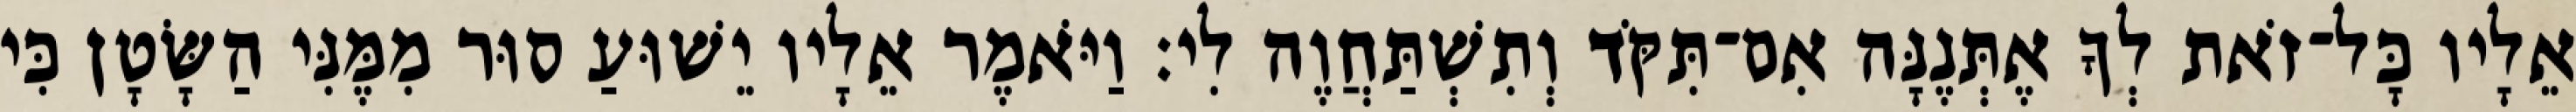
אֵלָיו כָּל־זֹאת לְךָ אֶתְּנֶנָּה אִם־תִּקֹּד וְתִשְׁתַּחֲוֶה לִי׃ וַיֹּאמֶר אֵלָיו יֵשׁוּעַ סוּר מִמֶּנִּי הַשָּׂטָן כִּי